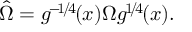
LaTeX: \hat { \Omega } = g ^ { \! - \! 1 \! / \! 4 \! } ( x ) \Omega g ^ { \! 1 \! / \! 4 \! } ( x ) .